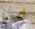
في